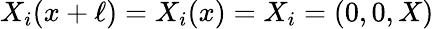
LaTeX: X_{i}(x+\ell)=X_{i}(x)=X_{i}=(0,0,X)